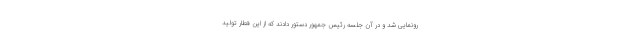
رونمایی شد و در آن جلسه رئیس جمهور دستور دادند که از این قطار تولید